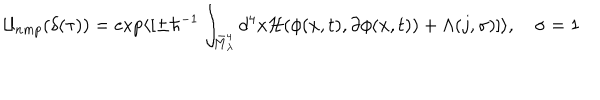
{ \cal U } _ { n m p } ( \delta ( \tau ) ) = \exp \langle [ \pm \hbar ^ { - 1 } \int _ { \bar { M } _ { \lambda } ^ { 4 } } d ^ { 4 } x { \cal H } ( \phi ( x , t ) , \partial \phi ( x , t ) ) + \Lambda ( j , \sigma ) ] \rangle , \quad \sigma = 1